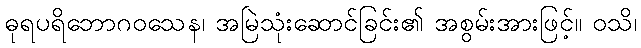
ဓုရပရိဘောဂဝသေန၊ အမြဲသုံးဆောင်ခြင်း၏ အစွမ်းအားဖြင့်။ ဝသိ၊